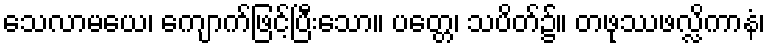
သေလာမယေ၊ ကျောက်ဖြင့်ပြီးသော။ ပတ္တေ၊ သပိတ်၌။ တဖုဿဖလ္လိကာနံ၊